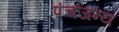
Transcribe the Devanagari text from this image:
पंचजन्य